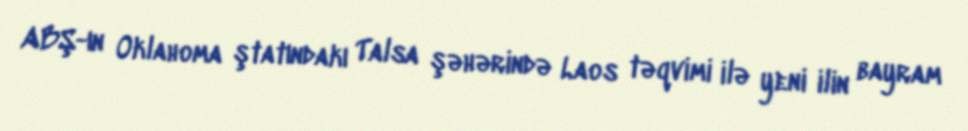
ABŞ-ın Oklahoma ştatındakı Talsa şəhərində Laos təqvimi ilə yeni ilin bayram